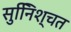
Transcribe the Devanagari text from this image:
सुनििश्चत